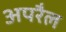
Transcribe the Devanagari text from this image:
अपरैल